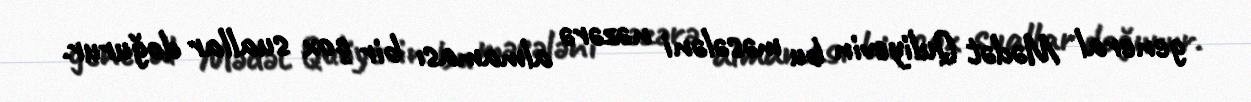
general Mədət Quliyevin bu məsələni nəzərə almaması bir çox suallar doğurur.